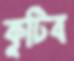
কুটিব